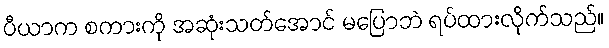
ပီယာက စကားကို အဆုံးသတ်အောင် မပြောဘဲ ရပ်ထားလိုက်သည်။